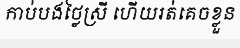
កាប់បងថ្លៃស្រី ហើយរត់គេចខ្លួន